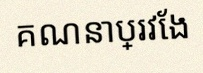
គណនាប្រវែង